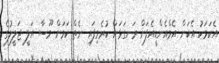
އެކަމަކު އެކަން އެމްއެންޑީއެފަށް ރަނގަޅަށް ކުރެވިފައި ނެތް ކަމަށް މޫސާ އަލީ ޖަލީލުގެ